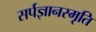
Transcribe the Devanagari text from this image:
सर्पज्ञानस्मृति